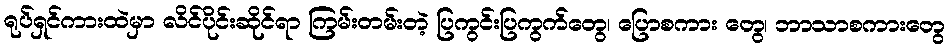
ရုပ်ရှင်ကားထဲမှာ လိင်ပိုင်းဆိုင်ရာ ကြမ်းတမ်းတဲ့ ပြကွင်းပြကွက်တွေ၊ ပြောစကား တွေ၊ ဘာသာစကားတွေ